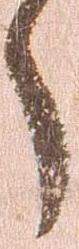
之